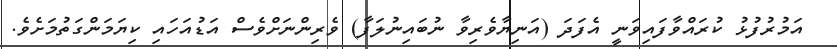
އަމުރުފުޅު ކުރައްވާފައިވަނީ އެފަދަ (އަނިޔާވެރިވާ ނުބައިނުލަފާ) ވެރިންނަށްވެސް އަޑުއަހައި ކިޔަމަންގަތުމަށެވެ.